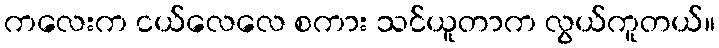
ကလေးက ငယ်လေလေ စကား သင်ယူတာက လွယ်ကူတယ်။